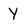
Character: Y